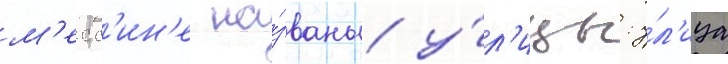
м'есс'ин'е на́званы у́л'ицы: у́л'ица